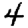
Digit: 4